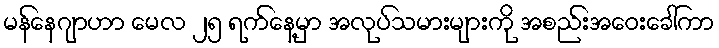
မန်နေဂျာဟာ မေလ ၂၅ ရက်နေ့မှာ အလုပ်သမားများကို အစည်းအဝေးခေါ်ကာ